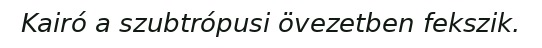
Kairó a szubtrópusi övezetben fekszik.